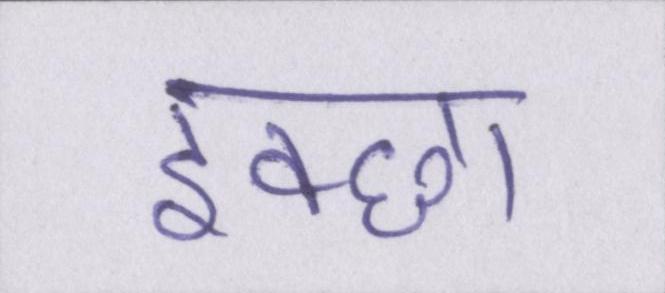
इक्छा